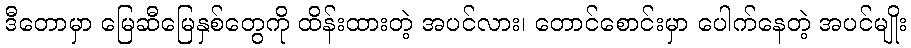
ဒီတောမှာ မြေဆီမြေနှစ်တွေကို ထိန်းထားတဲ့ အပင်လား၊ တောင်စောင်းမှာ ပေါက်နေတဲ့ အပင်မျိုး